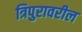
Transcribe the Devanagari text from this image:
त्रिपुरावरील